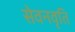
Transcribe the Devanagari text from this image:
सेवनवृति